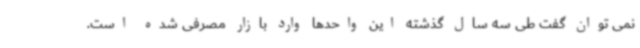
نمی توان گفت طی سه سال گذشته این واحدها وارد بازار مصرفی شده است.